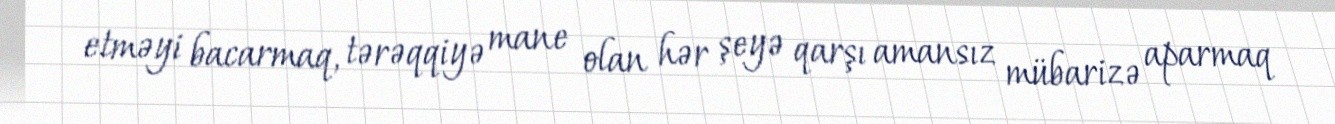
etməyi bacarmaq, tərəqqiyə mane olan hər şeyə qarşı amansız mübarizə aparmaq